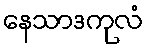
နေသာဒကုလံ